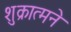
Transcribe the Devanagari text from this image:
शुक्रात्मने